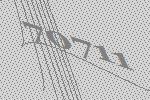
70711